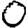
Digit: 0